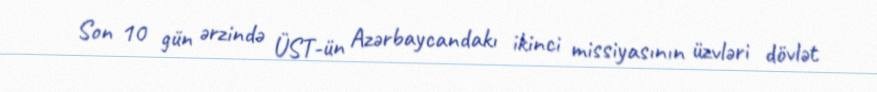
Son 10 gün ərzində ÜST-ün Azərbaycandakı ikinci missiyasının üzvləri dövlət